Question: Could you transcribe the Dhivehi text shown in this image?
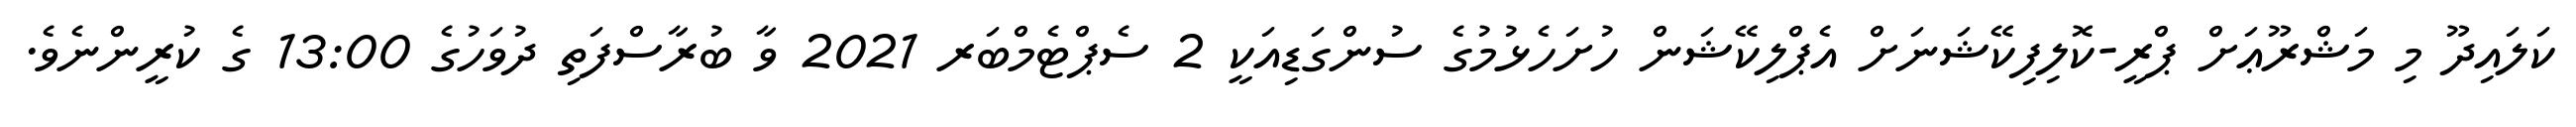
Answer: ކަލައިދޫ މި މަޝްރޫޢަށް ޕްރީ-ކޮލިފިކޭޝަނަށް އެޕްލިކޭޝަން ހުށަހެޅުމުގެ ސުންގަޑިއަކީ 2 ސެޕްޓެމްބަރ 2021 ވާ ބުރާސްފަތި ދުވަހުގެ 13:00 ގެ ކުރީންނެވެ.